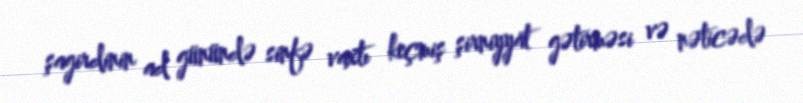
şagirdinin ad günündə sinfə vaxtı keçmiş şirniyyat gətirməsi və nəticədə